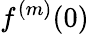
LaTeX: f^{(m)}(0)